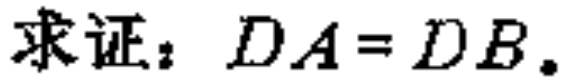
求证：\(DA = DB\)。